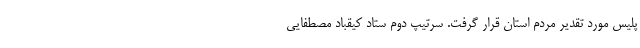
پلیس مورد تقدیر مردم استان قرار گرفت. سرتیپ دوم ستاد کیقباد مصطفایی